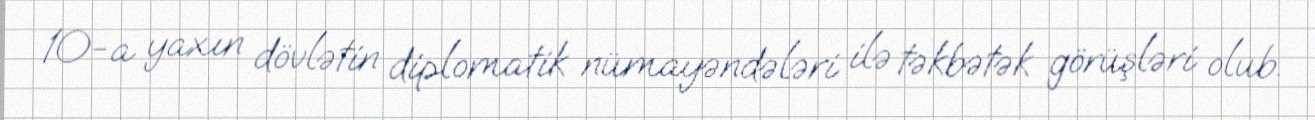
10-a yaxın dövlətin diplomatik nümayəndələri ilə təkbətək görüşləri olub.